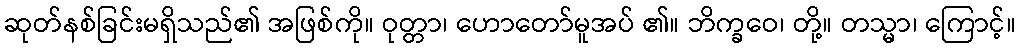
ဆုတ်နစ်ခြင်းမရှိသည်၏ အဖြစ်ကို။ ဝုတ္တာ၊ ဟောတော်မူအပ် ၏။ ဘိက္ခဝေ၊ တို့။ တသ္မာ၊ ကြောင့်။